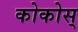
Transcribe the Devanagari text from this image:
कोकोस्